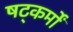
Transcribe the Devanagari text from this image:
षट्कर्मों